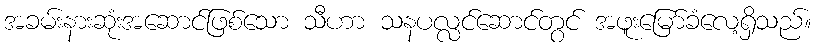
အခမ်းနားဆုံးအဆောင်ဖြစ်သော သီဟာ သနပလ္လင်ဆောင်တွင် အဖူးမြော်ခံလေ့ရှိသည်။